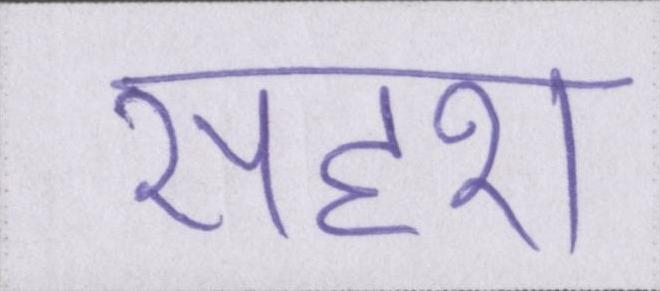
सदृश